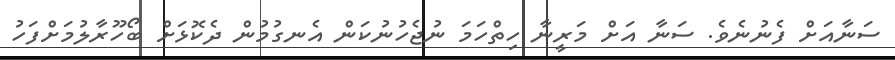
ސަނާއަށް ފެނުނެވެ. ސަނާ އަށް މަރީނާ ހިތްހަމަ ނުޖެހުނުކަން އެނގުމުން ދެކޮޅަށް ބޯހޫރާލުމަށްފަހު